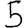
Digit: 5